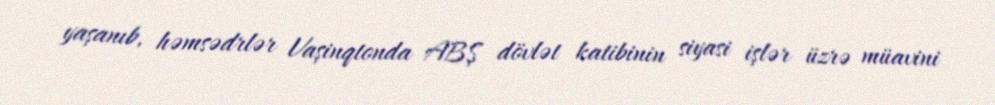
yaşanıb, həmsədrlər Vaşinqtonda ABŞ dövlət katibinin siyasi işlər üzrə müavini